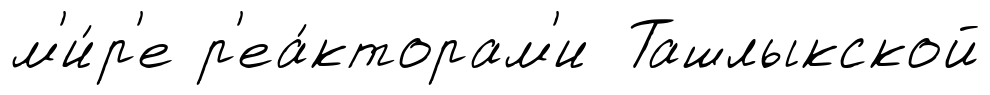
м'и́р'е р'еа́кторам'и Ташлыкской